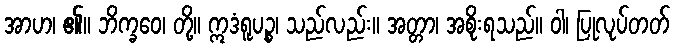
အာဟ၊ ၏။ ဘိက္ခဝေ၊ တို့။ ဣဒံရူပဉ္စ၊ သည်လည်း။ အတ္တာ၊ အစိုးရသည်။ ဝါ၊ ပြုလုပ်တတ်